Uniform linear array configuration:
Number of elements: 16
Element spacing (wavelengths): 0.5
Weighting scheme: kaiser
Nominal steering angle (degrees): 30
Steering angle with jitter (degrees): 30.624
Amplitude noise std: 0.05
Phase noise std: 0.05

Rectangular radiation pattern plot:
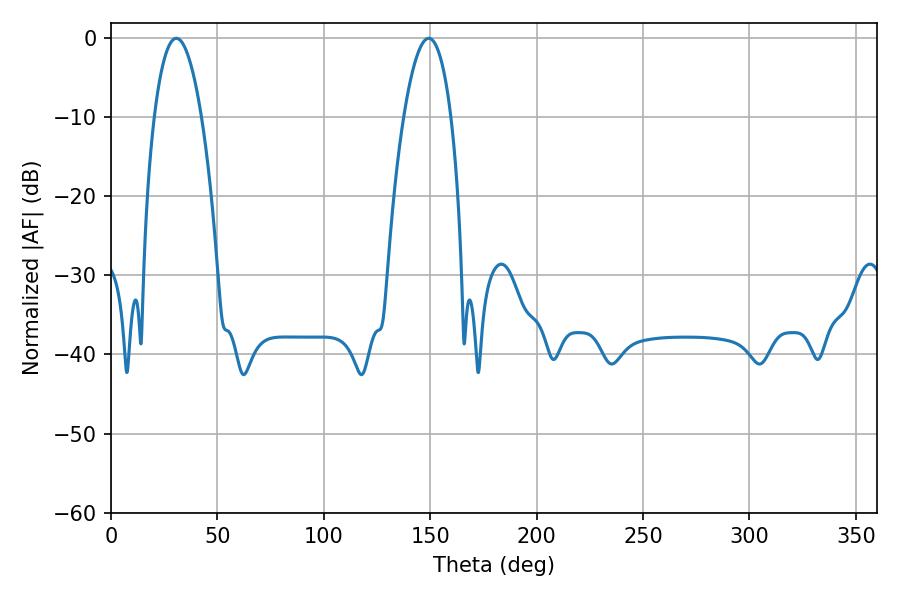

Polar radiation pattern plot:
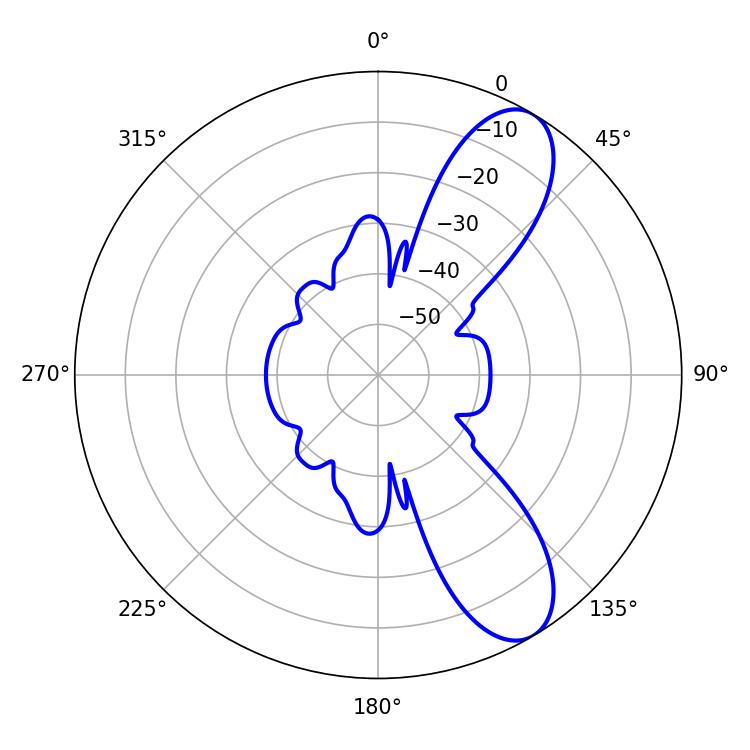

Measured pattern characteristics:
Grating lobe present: FALSE
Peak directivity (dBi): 9.282
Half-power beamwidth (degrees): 12.24
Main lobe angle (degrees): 30.78